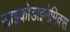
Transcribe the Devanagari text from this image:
साइकोडाइनेमिक्स